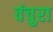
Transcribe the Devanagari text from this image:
वंचुरा